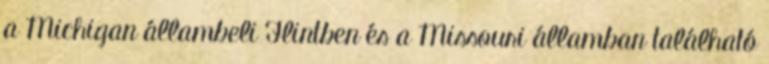
a Michigan állambeli Flintben és a Missouri államban található